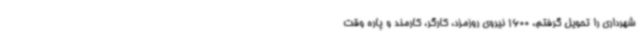
شهرداری را تحویل گرفتم، 1600 نیروی روزمزد، کارگر، کارمند و پاره وقت